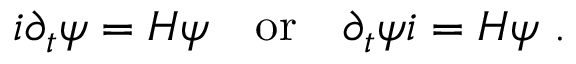
i \partial _ { t } \psi = H \psi ~ ~ ~ \mathrm { o r } ~ ~ ~ \partial _ { t } \psi i = H \psi ~ .